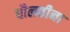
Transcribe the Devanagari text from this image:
धौलछीना